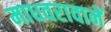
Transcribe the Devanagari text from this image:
माधवरावानें